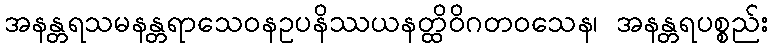
အနန္တရသမနန္တရာသေဝနဥပနိဿယနတ္ထိဝိဂတဝသေန၊ အနန္တရပစ္စည်း